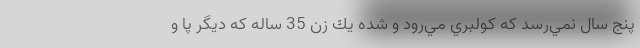
پنج سال نمي‌رسد كه كولبري مي‌رود و شده يك زن 35 ساله كه ديگر پا و